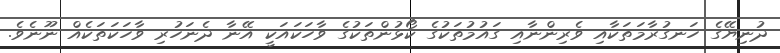
ދުނިޔޭގެ ހަނގުރާމަތަކާއި ވެރިންނާއި ގައުމުތަކުގެ ކޯޅުންތަކުގެ ވާހަކައަކީ އޭނާ ދެނަހުރި ވާހަކަތަކެއް ނޫނެވެ.